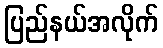
ပြည်နယ်အလိုက်